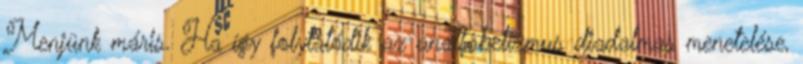
Menjünk máris. Ha így folytatódik az analfabetizmus diadalmas menetelése,